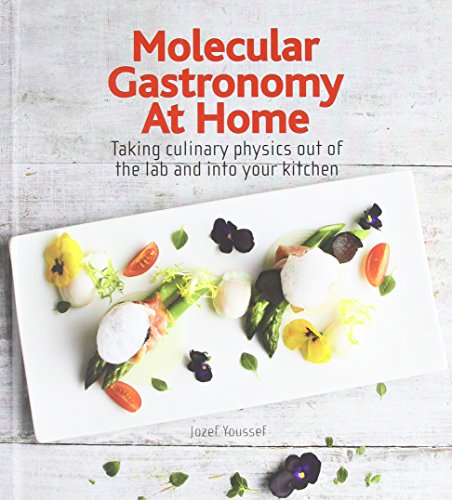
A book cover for Molecular Gastronomy at Home: Taking Culinary Physics Out of the Lab and Into Your Kitchen; Jozef Youssef; Cookbooks, Food & Wine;